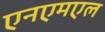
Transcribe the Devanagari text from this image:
एनएमएल